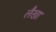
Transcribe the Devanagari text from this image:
लैखा